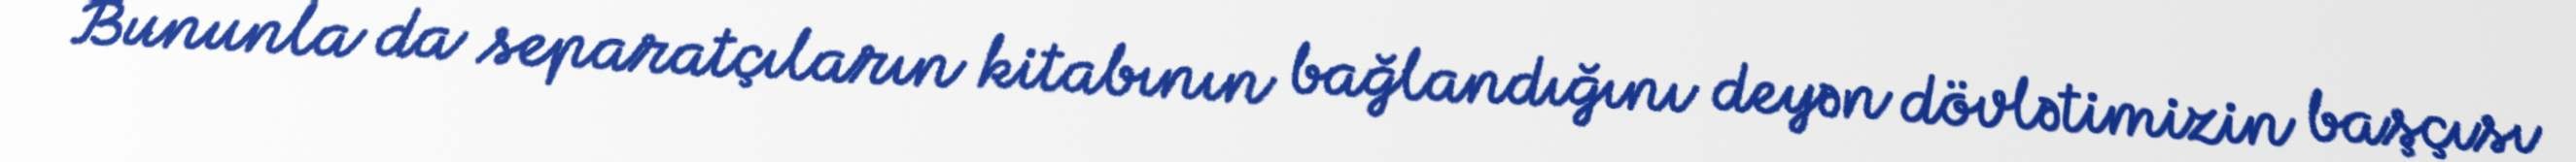
Bununla da separatçıların kitabının bağlandığını deyən dövlətimizin başçısı